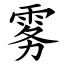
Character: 雾